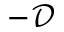
- \mathcal { D }